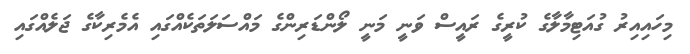
މިހައިއިރު ގުއަޓިމާލާގެ ކުރީގެ ރައީސް ވަނީ މަނީ ލޯންޑަރިންގެ މައްސަލަތަކެއްގައި އެމެރިކާގެ ޖަލެއްގައި